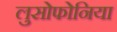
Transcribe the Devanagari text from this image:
लुसोफोनिया